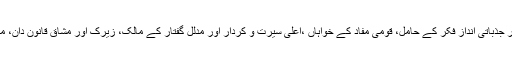
وہ بلا کے ذہین و فطین، محبِ وطن، ایمان دار، بااصول ٹھوس اور غیر جذباتی اندازِ فکر کے حامل، قومی مفاد کے خواہاں ،اعلیٰ سیرت و کردار اور مدلل گفتار کے مالک، زیرک اور مشاق قانون دان، مخلص، مستقل مزاج اور پروقار و بے لوث انسان اور سیاست دان تھے۔